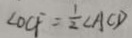
\angle O C F = \frac { 1 } { 2 } \angle A C D